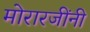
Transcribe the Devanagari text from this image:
मोरारजींनी